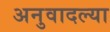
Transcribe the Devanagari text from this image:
अनुवादल्या